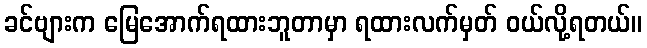
ခင်ဗျားက မြေအောက်ရထားဘူတာမှာ ရထားလက်မှတ် ဝယ်လို့ရတယ်။